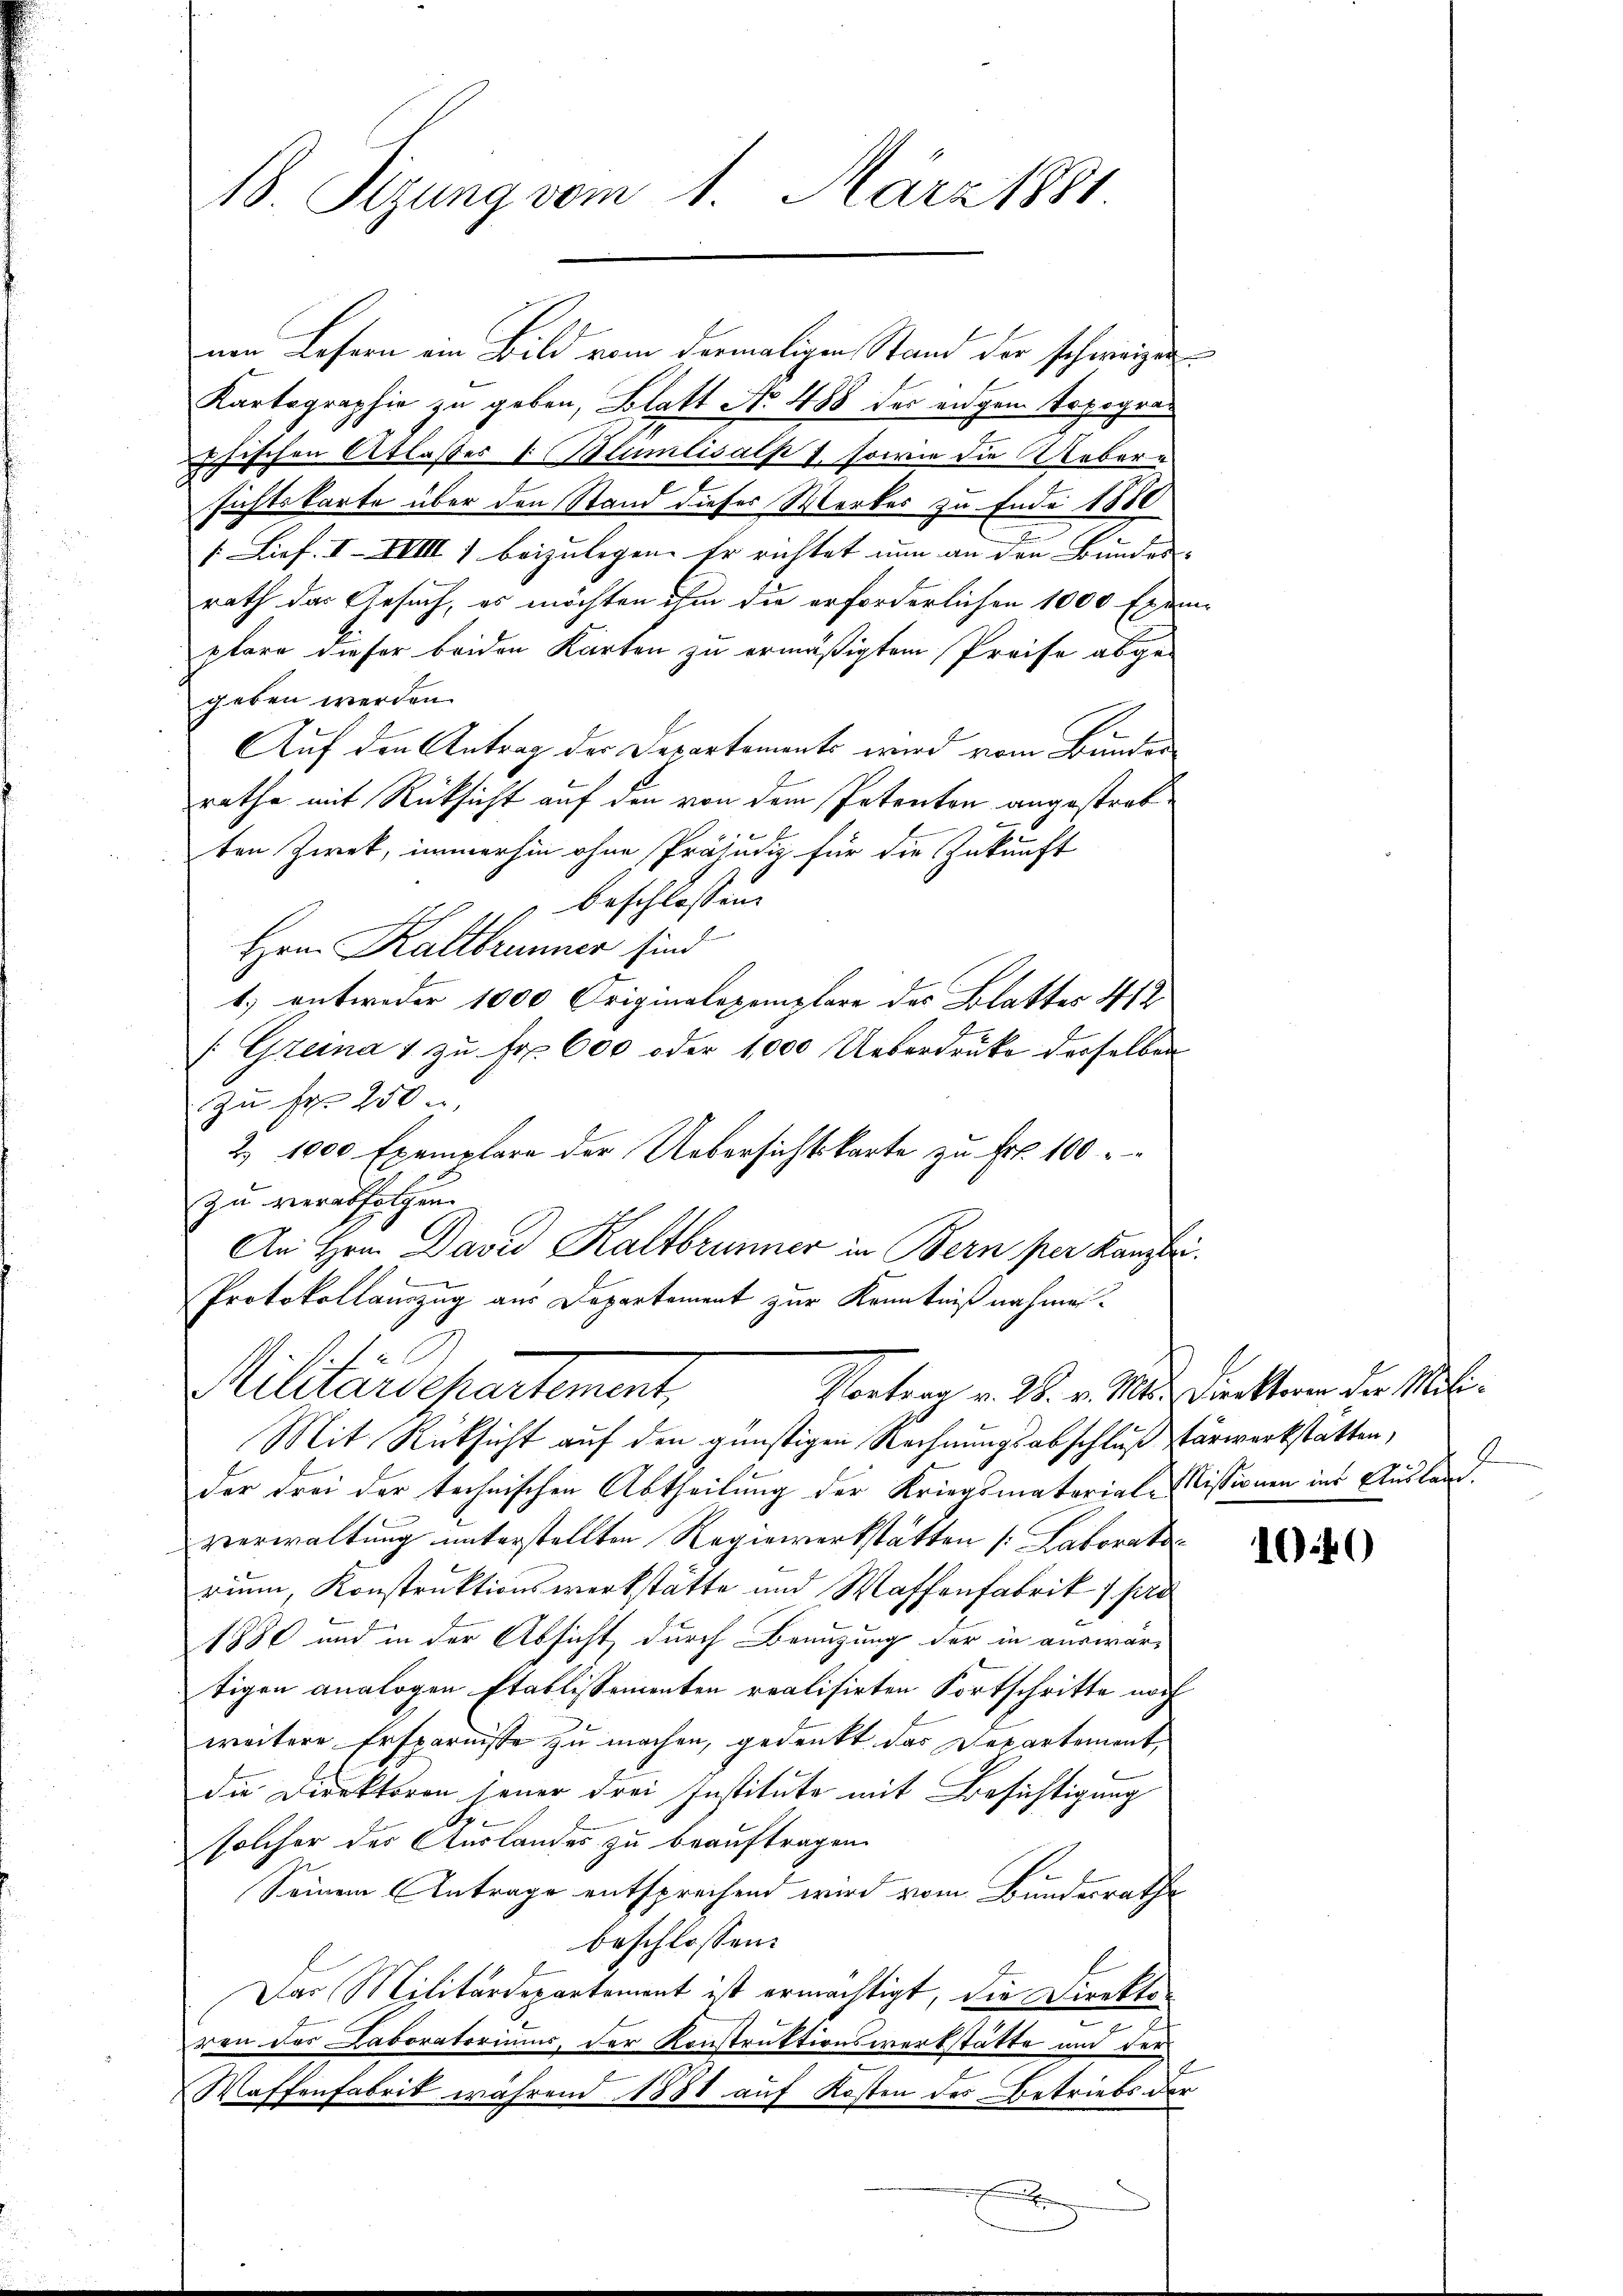
18. Sizung vom 1. März 1881.

uen Lesern ein Bild vom dermaligen Stand der schweizen
Kartographie zu geben, Blatt No 488 der engem Topogrächischen Atlasses & Blumlisalp 1, sowie die Uebersichtskarte über den Stand dieses Werkes zu Ende 1880
/. Lief. I. XVIII 7 beizulegen. Er richtet nun an den Bundes- |
rath das Gesuch, es möchten ihm die erforderlichen 1000 Exemplare dieser beiden Karten zu ermäßigtem Preise abge-
geben werden.
Auf den Antrag der Departements wird vom Bunder
rathe mit Rücksicht auf den von dem Petenten angestratten Zwek, immerhin ohne Präjudiz für die Zukunft
beschlossen:
Hrn. Kaltbrunner sind
1.) entweder 1000 Originalexemplare des Blatters 412
[Grena 1 zu Fr. 600 oder 1000 Ueberdruke derselben
zu Fr. 250
2. 1000 Exemplare der Uebersichtskarte zu Frk. 100
zu verabfolgen
An Hrn. David Kaltbrunner in Bern per Kanzlei
Protokollanzug aus Departement zur Kenntnißnahmen.

Militärdepartement,
Vortrag v. 28. v. Mts. Dieckteren der Mili¬

Mit Rücksicht auf den günstigen Rechnungsabschluß verwerkstätten,
der drei der technischen Abtheilung der Kriegsmaterial-Nissionen ins Auslanverwaltung unterstellten Regiewerkstätten /: Laborats
rium, Konstruktionswerkstätte und Waffenfabrik 4 pro
1880 und in der Absicht durch Benuzung der in auswärtigen analogen Etablissementen realisirten Fortschritte noch
weitere Ersparnisse zu machen, gedenkt das Departement,
die Direktoren jener drei Institute mit Besichtigung
solcher der Auslandes zu beauftragen.
Seinem Antrage entsprechend wird vom Bundesraths
beschlossen:
Das Militärdepartement ist ermächtigt, die Direkto¬
¬
ren des Laboratoriums, der Konstruktionswerkstätte und der
Waffenfabrik während 1888 auf Kosten des Betriebs der
x

7

1040